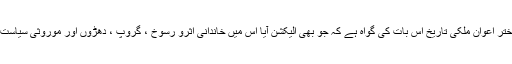
تحریر : ڈاکٹر شجاع اختر اعوان ملکی تاریخ اس بات کی گواہ ہے کہ جو بھی الیکشن آیا اس میں خاندانی اثرو رسوخ ، گروپ ، دھڑوں اور موروثی سیاست کو پروان چڑھایا گیا۔